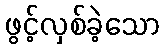
ဖွင့်လှစ်ခဲ့သော